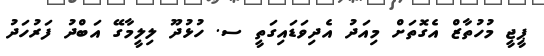
ޕީޖީ މުހުތާޒް އެގޮތަށް މިއަދު އެދިވަޑައިގަތީ ސ. ހުޅުދޫ ލިލީމާގޭ އަބްދު ފަރުހަދު